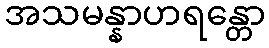
အသမန္နာဟရန္တော